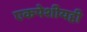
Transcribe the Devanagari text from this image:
एकपेशीयही